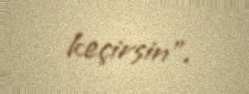
keçirsin”.